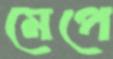
মেপে